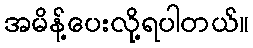
အမိန့်ပေးလို့ရပါတယ်။